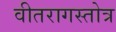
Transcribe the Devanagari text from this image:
वीतरागस्तोत्र